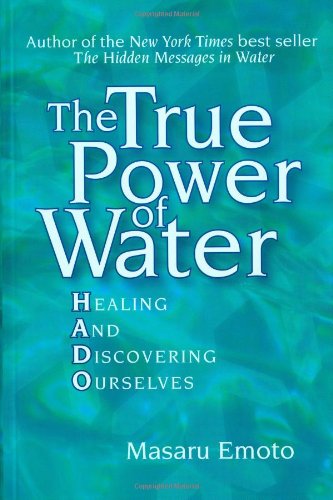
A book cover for The True Power of Water: Healing and Discovering Ourselves; Masaru Emoto; Religion & Spirituality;